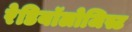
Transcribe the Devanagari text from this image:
रेडियॉलोजिस्ट